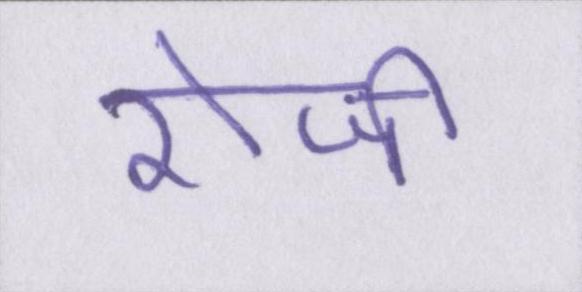
रोजी